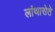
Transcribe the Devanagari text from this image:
लांथारोते